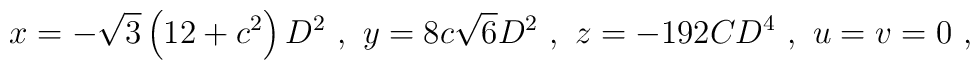
x = -\sqrt{3}\left( 12 + c^2 \right)D^2\ , \ y = 8c\sqrt{6}D^2\ ,  \ z = -192CD^4\ , \ u = v = 0\ ,